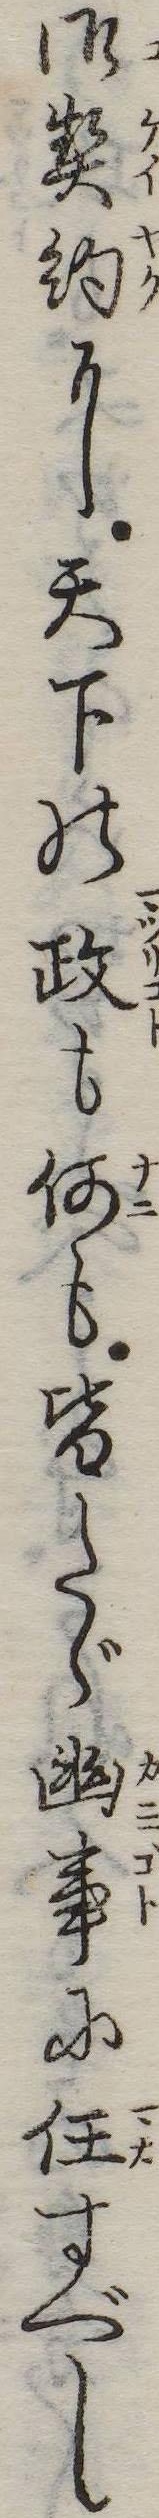
御契約に天下の政も何も皆たゞ幽事に任すべし